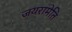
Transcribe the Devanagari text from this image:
जयरामेति